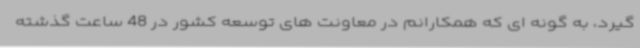
گیرد، به گونه ای که همکارانم در معاونت های توسعه کشور در 48 ساعت گذشته